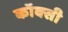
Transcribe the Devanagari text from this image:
कॉक्सी